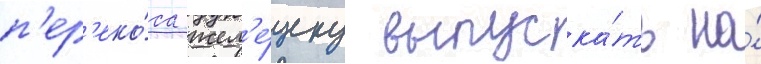
п'ер'еко́са жел'е́зку выпуска́ть на́